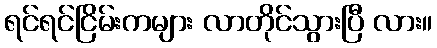
ရင်ရင်ငြိမ်းကများ လာတိုင်သွားပြီ လား။